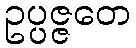
ဥပ္ပဇ္ဇတေ